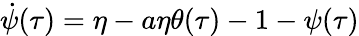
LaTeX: \dot{\psi}(\tau)=\eta-a\eta\theta(\tau)-1-{\psi}(\tau)